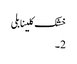
خشک کلینابلی
2 ۔